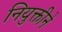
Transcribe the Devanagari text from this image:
नियुक्तीने